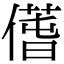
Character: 𠎲